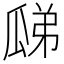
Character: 𤫼